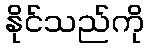
နိုင်သည်ကို